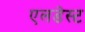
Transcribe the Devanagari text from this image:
एलडेस्ट